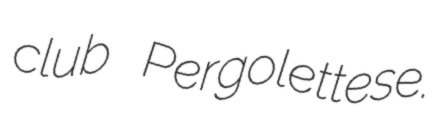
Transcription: club Pergolettese.